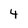
Character: 4